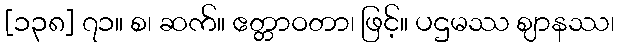
[၁၃၈] ၇၁။ စ၊ ဆက်။ ဧတ္တာဝတာ၊ ဖြင့်။ ပဌမဿ ဈာနဿ၊